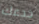
خدعك